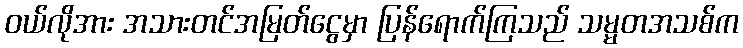
၀ယ်လိုအား အသားတင်အမြတ်ငွေမှာ ပြန်ရောက်ကြသည် သမ္မတအသစ်က